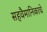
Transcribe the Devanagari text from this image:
सहवैमानिकाचे